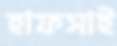
হাফসাই